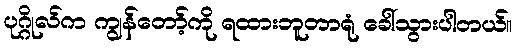
ပုဂ္ဂိုလ်က ကျွန်တော့်ကို ရထားဘူတာရုံ ခေါ်သွားပါတယ်။